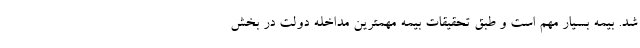
شد. بیمه بسیار مهم است و طبق تحقیقات بیمه مهمترین مداخله دولت در بخش